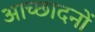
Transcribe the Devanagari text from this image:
आच्छादनों